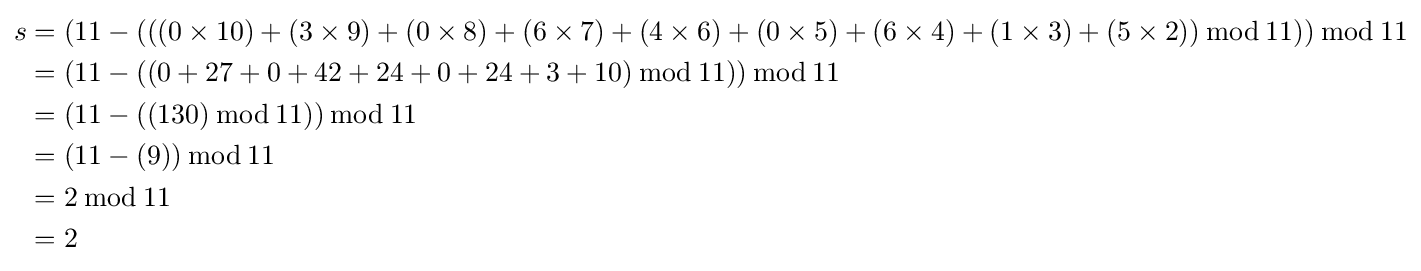
{\begin{aligned}s&=(11-(((0\times 10)+(3\times 9)+(0\times 8)+(6\times 7)+(4\times 6)+(0\times 5)+(6\times 4)+(1\times 3)+(5\times 2))\,{\bmod {\,}}11))\,{\bmod {\,}}11\\&=(11-((0+27+0+42+24+0+24+3+10)\,{\bmod {\,}}11))\,{\bmod {\,}}11\\&=(11-((130)\,{\bmod {\,}}11))\,{\bmod {\,}}11\\&=(11-(9))\,{\bmod {\,}}11\\&=2\,{\bmod {\,}}11\\&=2\end{aligned}}